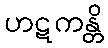
ဟဋကန္တိ